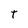
Character: T